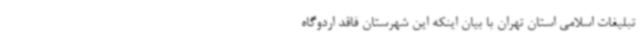
تبلیغات اسلامی استان تهران با بیان اینکه این شهرستان فاقد اردوگاه